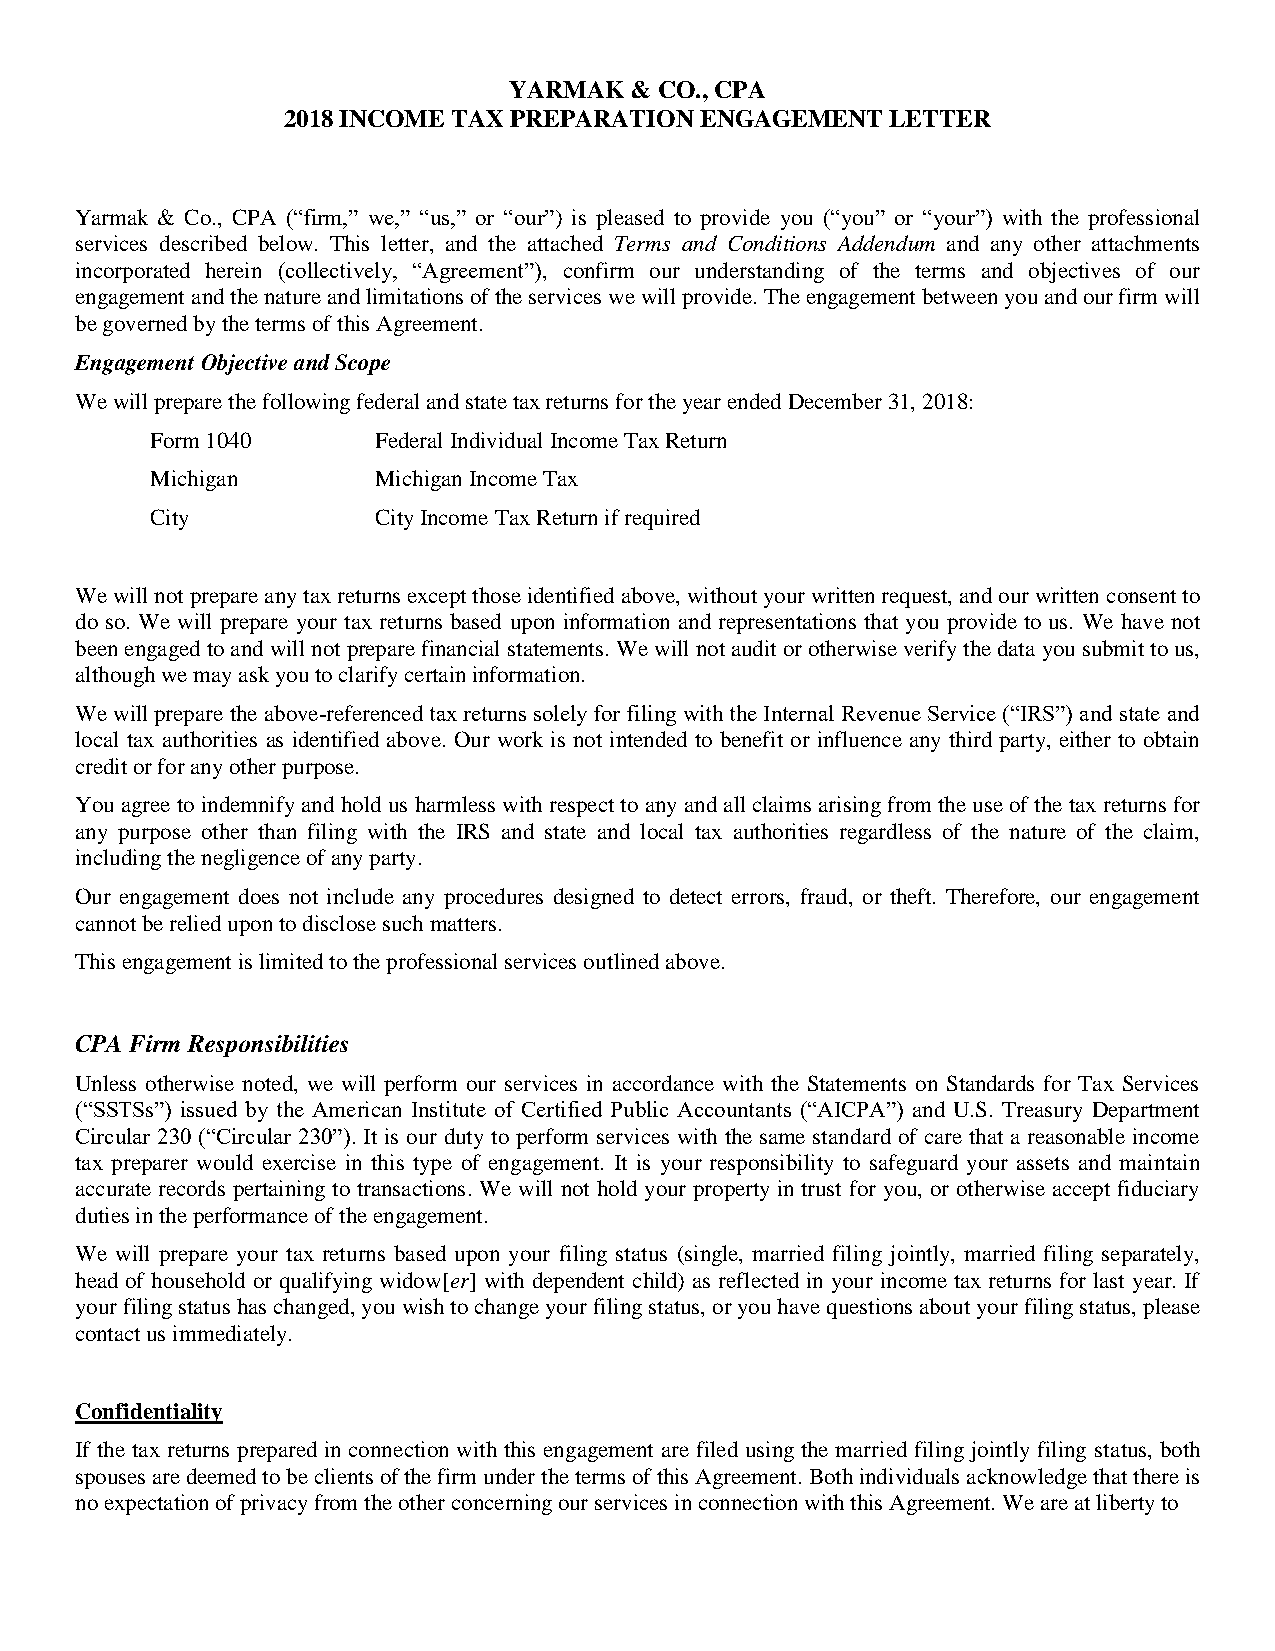
YARMAK  & CO., CPA
 2018 INCOME TAX PREPARATION ENGAGEMENT  LETTER
 Yarmak & Co., CPA (“firm,” we,” “us,” or “our”) is pleased to provide you (“you” or “your”) with the professional
 services described below. This letter, and the attached Terms and Conditions Addendum and any other attachments
 incorporated herein (collectively, “Agreement”), confirm our understanding of the terms and objectives of our
 engagement and the nature and limitations of the services we will provide. The engagement between you and our firm will
 be governed by the terms of this Agreement.
 Engagement Objective and Scope
 We will prepare the following federal and state tax returns for the year ended December 31, 2018:
 Form 1040      Federal Individual Income Tax Return
 Michigan       Michigan Income Tax
 City           City Income Tax Return if required
 We will not prepare any tax returns except those identified above, without your written request, and our written consent to
 do so. We will prepare your tax returns based upon information and representations that you provide to us. We have not
 been engaged to and will not prepare financial statements. We will not audit or otherwise verify the data you submit to us,
 although we may ask you to clarify certain information.
 We will prepare the above-referenced tax returns solely for filing with the Internal Revenue Service (“IRS”) and state and
 local tax authorities as identified above. Our work is not intended to benefit or influence any third party, either to obtain
 credit or for any other purpose.
 You agree to indemnify and hold us harmless with respect to any and all claims arising from the use of the tax returns for
 any purpose other than filing with the IRS and state and local tax authorities regardless of the nature of the claim,
 including the negligence of any party.
 Our engagement does not include any procedures designed to detect errors, fraud, or theft. Therefore, our engagement
 cannot be relied upon to disclose such matters.
 This engagement is limited to the professional services outlined above.
 CPA Firm Responsibilities
 Unless otherwise noted, we will perform our services in accordance with the Statements on Standards for Tax Services
 (“SSTSs”) issued by the American Institute of Certified Public Accountants (“AICPA”) and U.S. Treasury Department
 Circular 230 (“Circular 230”). It is our duty to perform services with the same standard of care that a reasonable income
 tax preparer would exercise in this type of engagement. It is your responsibility to safeguard your assets and maintain
 accurate records pertaining to transactions. We will not hold your property in trust for you, or otherwise accept fiduciary
 duties in the performance of the engagement.
 We will prepare your tax returns based upon your filing status (single, married filing jointly, married filing separately,
 head of household or qualifying widow[er] with dependent child) as reflected in your income tax returns for last year. If
 your filing status has changed, you wish to change your filing status, or you have questions about your filing status, please
 contact us immediately.
 Confidentiality
 If the tax returns prepared in connection with this engagement are filed using the married filing jointly filing status, both
 spouses are deemed to be clients of the firm under the terms of this Agreement. Both individuals acknowledge that there is
 no expectation of privacy from the other concerning our services in connection with this Agreement. We are at liberty to